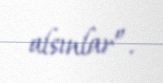
alsınlar”.